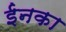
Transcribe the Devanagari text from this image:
ईनका